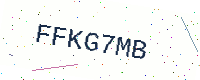
Text: FFKG7MB